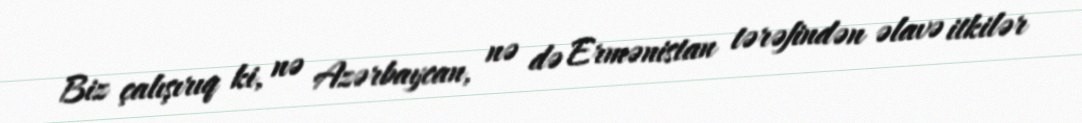
Biz çalışırıq ki, nə Azərbaycan, nə də Ermənistan tərəfindən əlavə itkilər